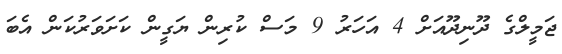
ޖަމީލްގެ ދޫނިދޫއަށް 4 އަހަރު 9 މަސް ކުރިން ޔަގީން ކަށަވަރުކަން އެބަ